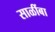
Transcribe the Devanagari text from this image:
साळींबा